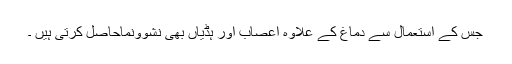
جس کے استعمال سے دماغ کے علاوہ اعصاب اور ہڈیاں بھی نشوونماحاصل کرتی ہیں ۔